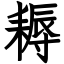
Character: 耨